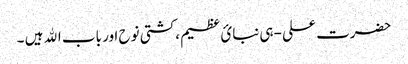
حضرت علی -ہی نبائ عظیم ،کشتی نوح اور باب اﷲ ہیں ۔